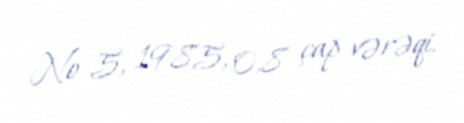
№ 5, 1985, 0,8 çap vərəqi.